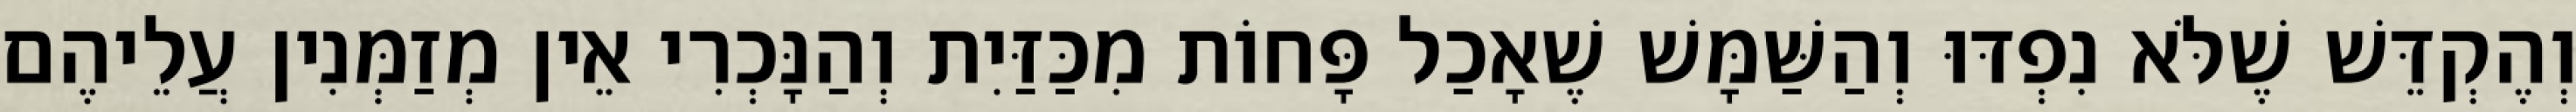
וְהֶקְדֵּשׁ שֶׁלֹּא נִפְדּוּ וְהַשַּׁמָּשׁ שֶׁאָכַל פָּחוֹת מִכַּזַּיִת וְהַנָּכְרִי אֵין מְזַמְּנִין עֲלֵיהֶם